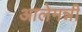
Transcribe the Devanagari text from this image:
आलेमन्नी